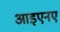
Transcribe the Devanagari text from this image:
आइएनए